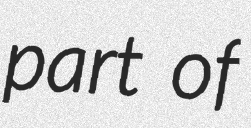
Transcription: part of